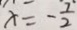
x = - \frac { 7 } { 2 }